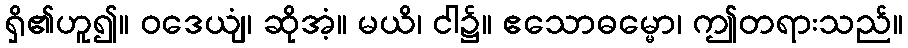
ရှိ၏ဟူ၍။ ဝဒေယျံ၊ ဆိုအံ့။ မယိ၊ ငါ၌။ ဧသောဓမ္မော၊ ဤတရားသည်။